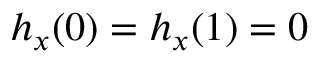
h _ { x } ( 0 ) = h _ { x } ( 1 ) = 0